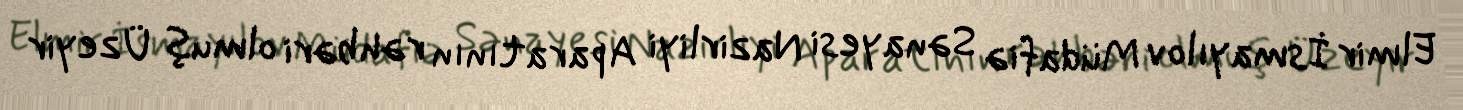
Elmir İsmayılov Müdafiə Sənayesi Nazirliyi Aparatının rəhbəri olmuş Üzeyir